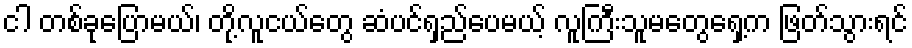
ငါ တစ်ခုပြောမယ်၊ တို့လူငယ်တွေ ဆံပင်ရှည်ပေမယ့် လူကြီးသူမတွေရှေ့က ဖြတ်သွားရင်